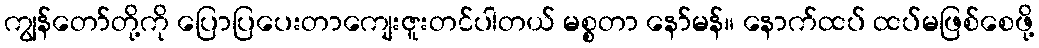
ကျွန်တော်တို့ကို ပြောပြပေးတာကျေးဇူးတင်ပါတယ် မစ္စတာ နော်မန်။ နောက်ထပ် ထပ်မဖြစ်စေဖို့